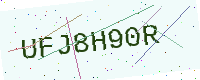
Text: UFJ8H90R